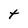
Character: t